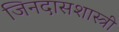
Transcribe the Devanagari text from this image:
जिनदासशास्त्री